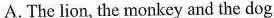
A.The lion, the monkey and the dog.